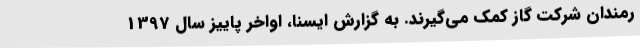
رمندان شرکت گاز کمک می‌گیرند. به گزارش ایسنا، اواخر پاییز سال 1397